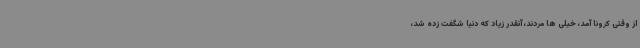
از وقتی کرونا آمد، خیلی ها مردند، آنقدر زیاد که دنیا شگفت زده شد،